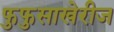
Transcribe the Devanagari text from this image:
फुफुसाखेरीज